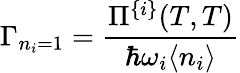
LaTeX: \Gamma_{n_{i}=1}={\frac{\Pi^{\{ i\} }(T,T)}{\hbar\omega_{i}\langle n_{i}\rangle}}